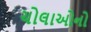
ચોલાઓનો